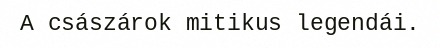
A császárok mitikus legendái.